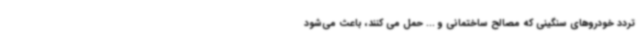
تردد خودروهای سنگینی که مصالح ساختمانی و ... حمل می کنند، باعث می‌شود